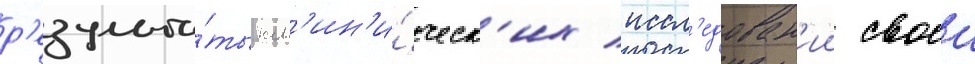
р'езульта́ты кл'ин'и́ческ'их иссл'едован'ии своеи